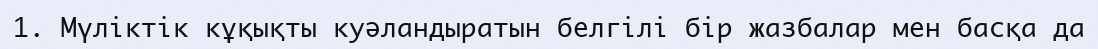
1. Мүліктік кұқықты куәландыратын белгілі бір жазбалар мен басқа да